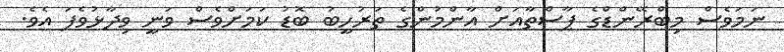
ނަމަވެސް މިބްރޭންޑްގެ ޕާސްތާއަށް އާންމުންގެ ތަރުހީބު ބޮޑު ކަމަށްވެސް ވަނީ ވިދާޅުވެފަ އެވެ.